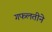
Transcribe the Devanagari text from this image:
गफलतीने